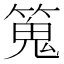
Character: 䈭